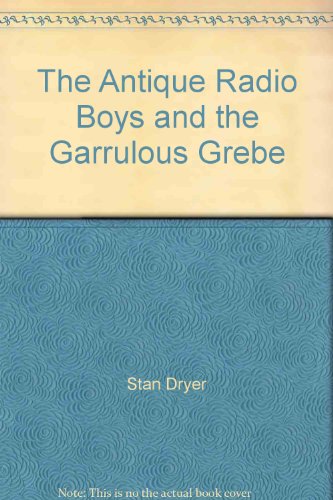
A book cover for The Antique Radio Boys and the Garrulous Grebe; Stan Dryer; Crafts, Hobbies & Home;